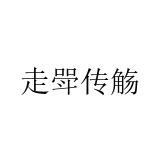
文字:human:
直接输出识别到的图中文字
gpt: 走斝传觞